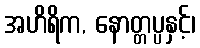
အဟိရိက, နောတ္တပ္ပနှင့်၊